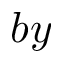
b y